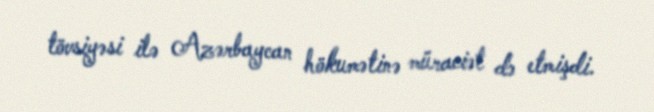
tövsiyəsi ilə Azərbaycan hökumətinə müraciət də etmişdi.